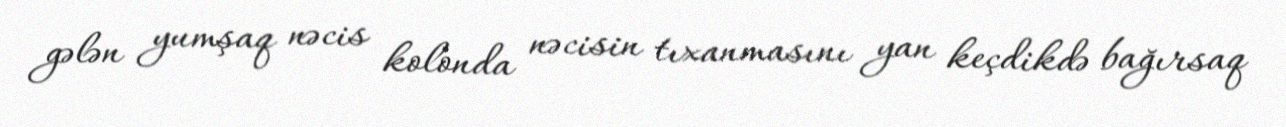
gələn yumşaq nəcis kolonda nəcisin tıxanmasını yan keçdikdə bağırsaq